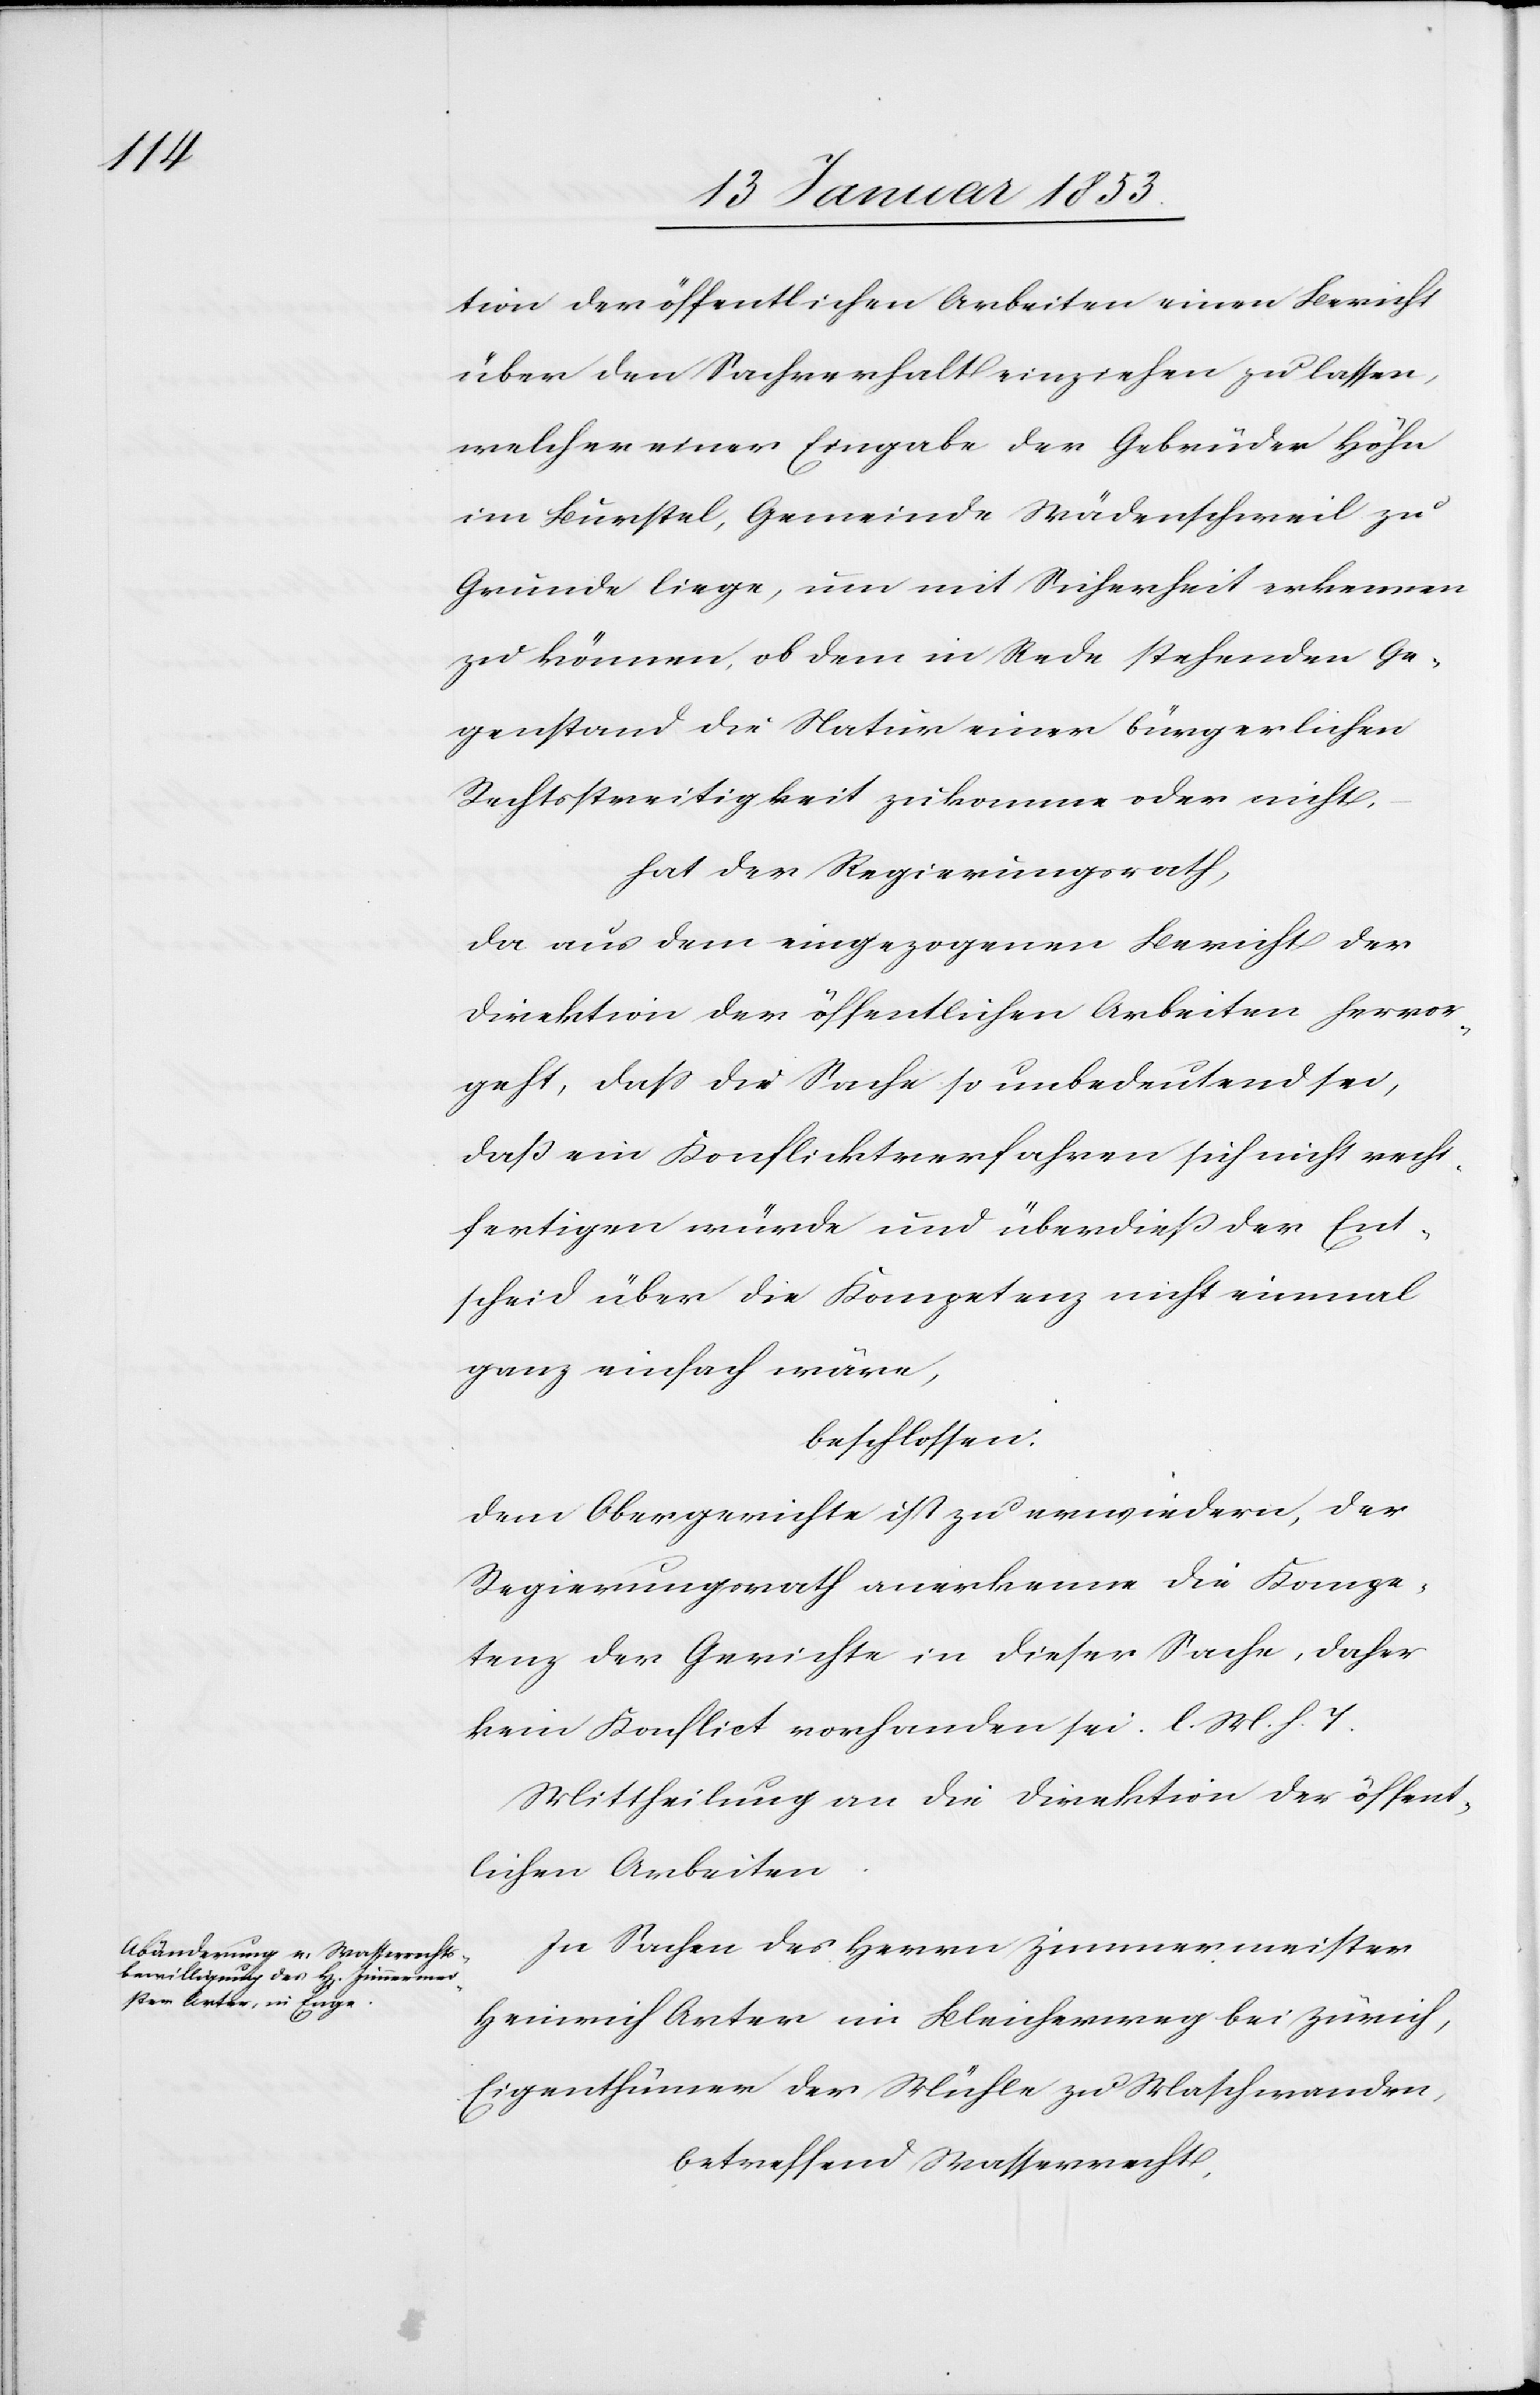
tion der öffentlichen Arbeiten einen Bericht
über den Sachverhalt eingehen zu lassen,
welcher einer Eingabe der Gebrüder Höhn
im Burschtel, Gemeinde Wädenschweil zu
Grunde liege, um mit Sicherheit erkennen
zu können, ob dem in Rede stehenden Ge¬
genstand die Natur einer bürgerlichen
Rechtsstreitigkeit zukomme oder nicht.
hat der Regierungsrath,
da aus dem eingegangenen Bericht der
Direktion der öffentlichen Arbeiten hervor¬
geht, daß die Sache so unbedeutend sei,
daß ein Konflicktverfahren sich nicht recht¬
fertigen würde und überdieß der Ent¬
scheid über die Kompetenz nicht einmal
ganz einfach wäre,
beschlossen.
dem Obergerichte ist zu erwiedern, der
Regierungsrath anerkenne die Kompe¬
tenz der Gerichte in dieser Sache, daher
kein Konflict vorhanden sei. l. M. h. T.
Mittheilung an die Direktion der öffent¬
lichen Arbeiten.
In Sachen des Herrn Zimmermeister
Heinrich Arter im Bleicherweg bei Zürich,
Eigenthümer der Mühle zu Maschwanden,
betreffend Wasserrecht,